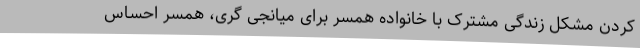
کردن مشکل زندگی مشترک با خانواده همسر برای میانجی گری، همسر احساس